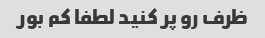
ظرف رو پر کنید لطفا کم بور